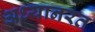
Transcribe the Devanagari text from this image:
अध्यानरत